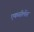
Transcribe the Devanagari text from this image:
एकसीलेंस